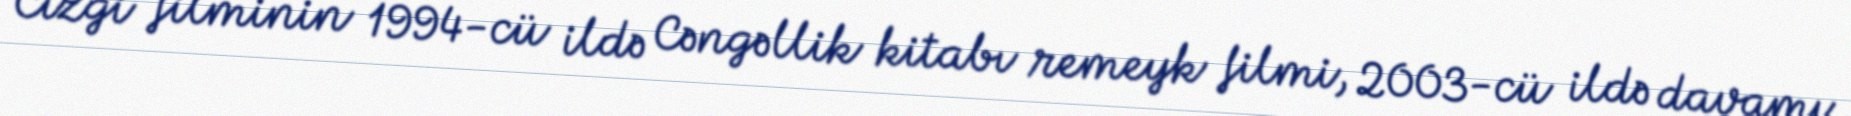
Cizgi filminin 1994-cü ildə Cəngəllik kitabı remeyk filmi, 2003-cü ildə davamı